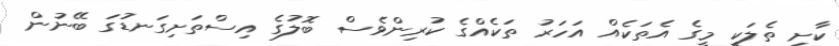
ކާށި ތެލަކީ މީގެ އެތަކެއް އަހަރު ތަކެއްގެ ކުރިންވެސް ބޮލުގެ އިސްތަށިގަނޑުގަ ބޭނުން